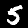
Label: 5